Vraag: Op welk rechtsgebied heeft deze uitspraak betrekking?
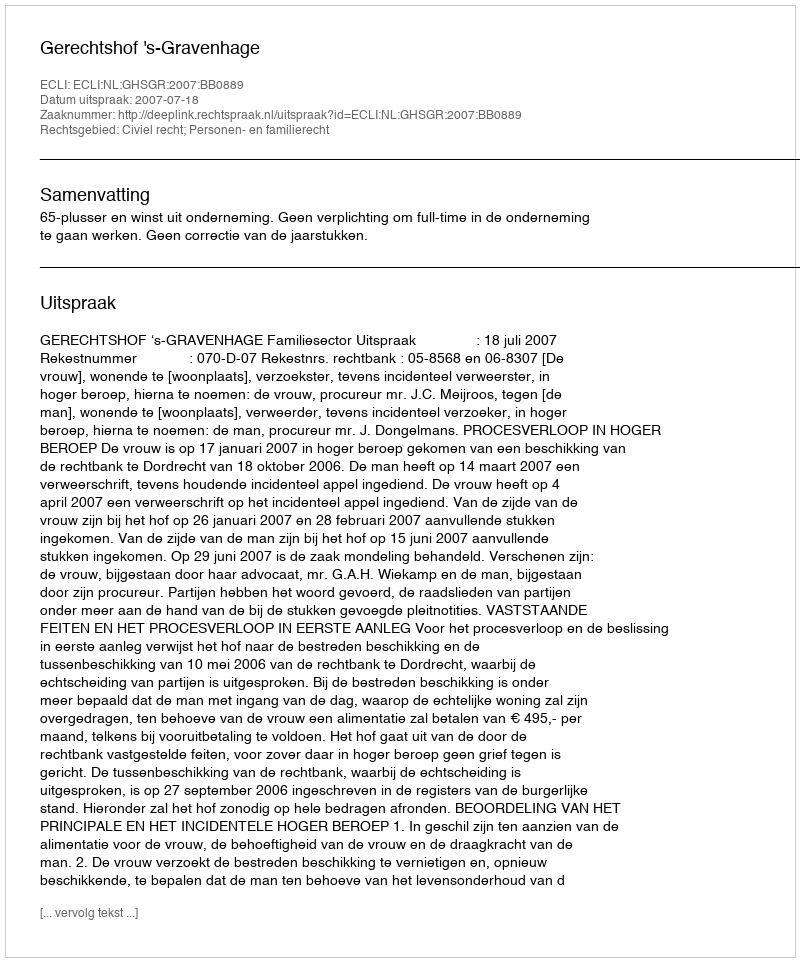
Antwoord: Civiel recht; Personen- en familierecht